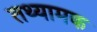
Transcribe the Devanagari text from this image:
तथ्यामक